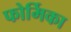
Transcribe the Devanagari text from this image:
फोर्मिका